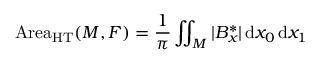
\operatorname { A r e a } _ { \mathrm { H T } } ( M , F ) = { \frac { 1 } { \pi } } \iint _ { M } | B _ { x } ^ { * } | \, \mathrm { d } x _ { 0 } \, \mathrm { d } x _ { 1 }